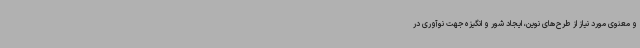
و معنوی مورد نیاز از طرح‌های نوین، ایجاد شور و انگیزه جهت نوآوری در